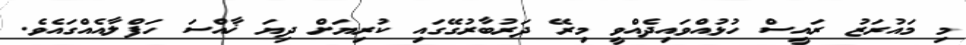
މި މައުރަޒު ރައީސް ހުޅުއްވައިދެއްވީ މިރޭ ދަރުބާރުގޭގައި ކުރިޔަށް ދިޔަ ޚާއްސަ ހަފްލާއެއްގައެވެ.